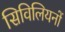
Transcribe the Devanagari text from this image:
सिविलियनों